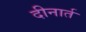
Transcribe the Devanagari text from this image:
दीनार्त